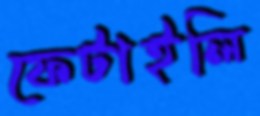
ফেটাইলি